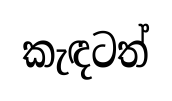
කැඳටත්